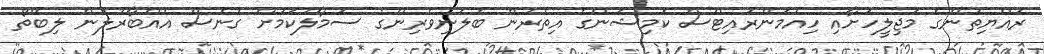
ރައްޔިތުންގެ މަޖިލީހަށާއި ހިއުމަންރައިޓްސް ކޮމިޝަންގެ އިތުރުން ބެލެނިވެރިންގެ ސަމާލުކަމަށް ގެނެސް އެއްބާރުލުން ލިބޭތޯ